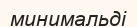
минимальді